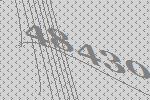
48430